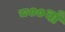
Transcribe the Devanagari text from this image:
८००वाँ